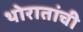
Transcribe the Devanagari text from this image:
थोरातांची